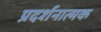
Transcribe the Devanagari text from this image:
प्रदर्शनात्‍मक